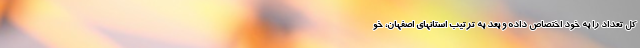
کل تعداد را به خود اختصاص داده و بعد به ترتیب استانهای اصفهان، خو